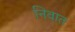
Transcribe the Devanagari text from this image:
निवात